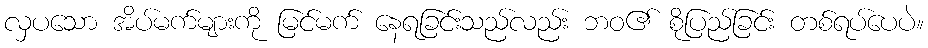
လှပသော အိပ်မက်များကို မြင်မက် နေရခြင်းသည်လည်း ဘဝ၏ စိုပြည်ခြင်း တစ်ရပ်ပေပဲ။